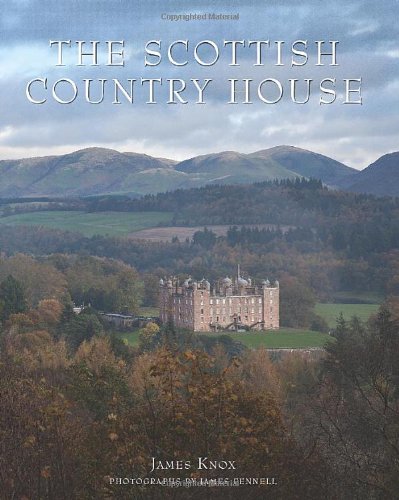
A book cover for The Scottish Country House; James Knox; Arts & Photography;